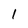
Character: 1